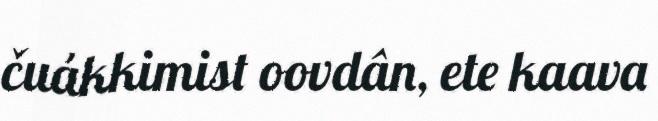
čuákkimist oovdân, ete kaava